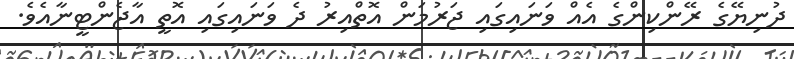
ދުނިޔޭގެ ރޭންކިންގެ އެއް ވަނައިގައި ޖަރުމަން އޮތްއިރު ދެ ވަނައިގައި އޮތީ އާޖެންޓީނާއެވެ.